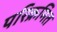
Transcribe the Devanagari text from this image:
परिक्रमित